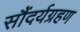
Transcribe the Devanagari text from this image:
सौंदर्यग्रहण